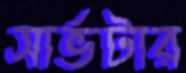
সার্ভটার